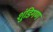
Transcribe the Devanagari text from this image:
शुंडिगण